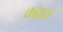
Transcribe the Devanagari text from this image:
कढ़ाहों